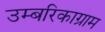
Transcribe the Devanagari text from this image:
उम्बरिकाग्राम